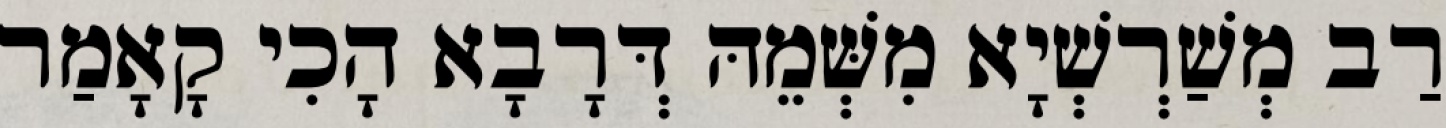
רַב מְשַׁרְשְׁיָא מִשְּׁמֵהּ דְּרָבָא הָכִי קָאָמַר